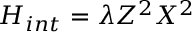
H _ { i n t } = \lambda Z ^ { 2 } X ^ { 2 }